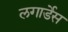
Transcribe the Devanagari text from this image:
लगार्डेस